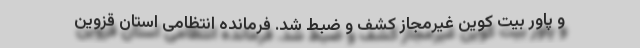
و پاور بیت کوین غیرمجاز کشف و ضبط شد. فرمانده انتظامی استان قزوین